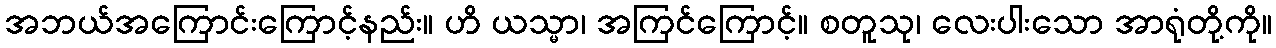
အဘယ်အကြောင်းကြောင့်နည်း။ ဟိ ယသ္မာ၊ အကြင်ကြောင့်။ စတူသု၊ လေးပါးသော အာရုံတို့ကို။